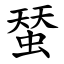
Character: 蝅